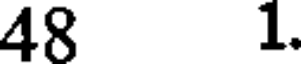
48 1.